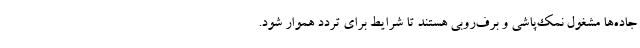
جاده‌ها مشغول نمک‌پاشی و برف‌روبی هستند تا شرایط برای تردد هموار شود.